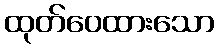
ထုတ်ဝေထားသော